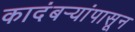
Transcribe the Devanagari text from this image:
कादंबऱ्यांपासून